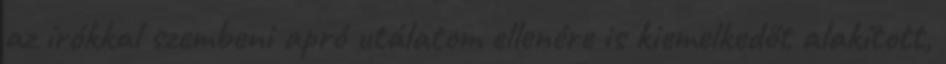
az írókkal szembeni apró utálatom ellenére is kiemelkedőt alakított,